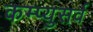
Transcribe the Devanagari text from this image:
कम्प्युसर्व